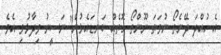
އެ ހުއްދަ ދޭނެތޯ ނުވަތަ ނޫންތޯ ގޮތެއް ކަނޑައެޅުން" ނަސީރު ވިދާޅުވި އެވެ.